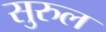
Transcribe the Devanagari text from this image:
सुरुल